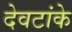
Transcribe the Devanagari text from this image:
देवटांके